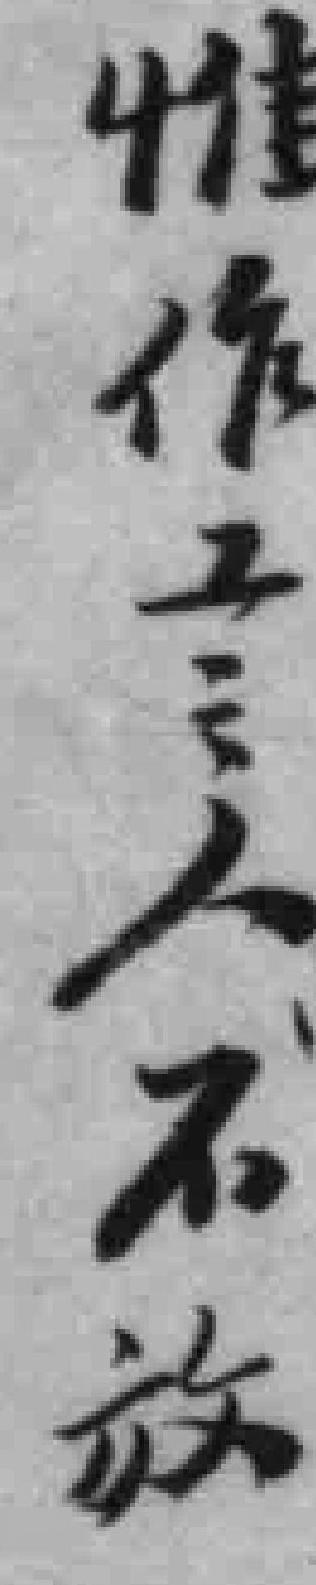
惟作工之人不放